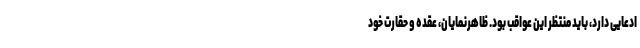
ادعایی دارد، باید منتظر این عواقب بود. ظاهرنمایان، عقده و حقارت خود